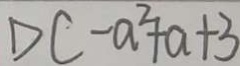
D C - a ^ { 2 } + a + 3